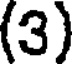
(3)